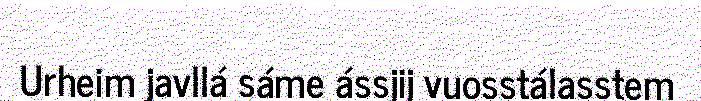
Urheim javllá sáme ássjij vuosstálasstem